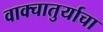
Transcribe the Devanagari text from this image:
वाक्चातुर्याचा